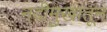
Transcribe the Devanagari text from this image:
नदीमुखातून